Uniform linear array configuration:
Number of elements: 64
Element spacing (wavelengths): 0.75
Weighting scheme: cosine
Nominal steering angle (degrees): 15
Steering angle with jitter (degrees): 16.267
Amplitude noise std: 0.05
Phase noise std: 0.05

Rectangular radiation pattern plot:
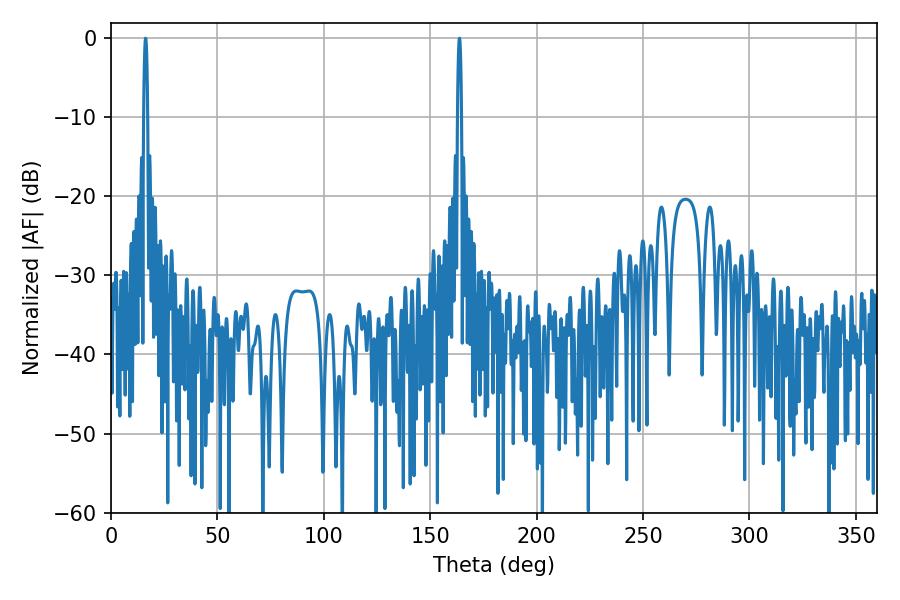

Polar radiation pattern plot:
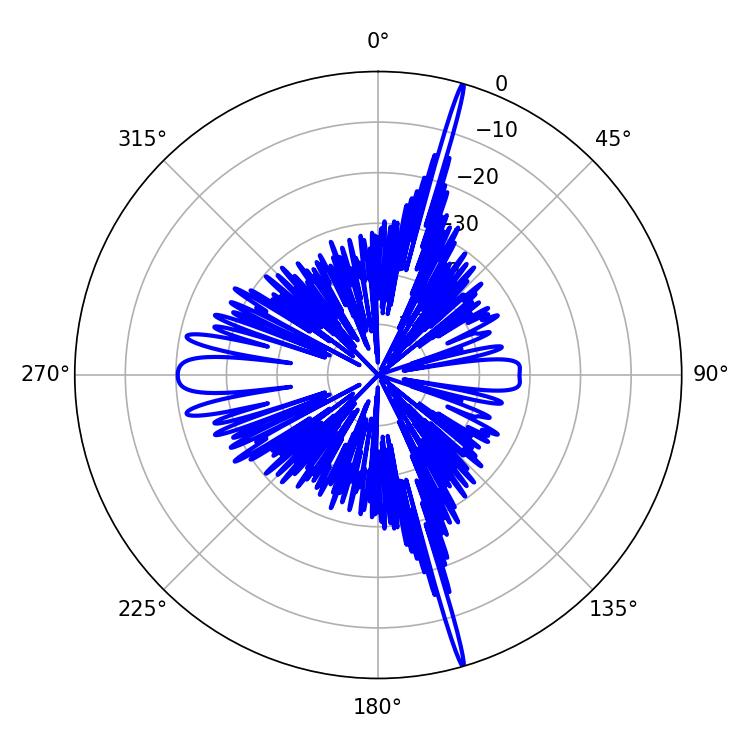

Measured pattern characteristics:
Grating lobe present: TRUE
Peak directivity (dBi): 23.213
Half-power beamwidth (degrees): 0.9
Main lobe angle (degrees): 16.2